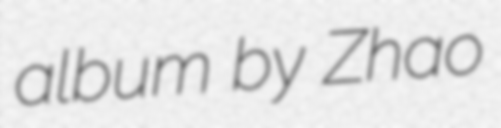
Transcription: album by Zhao